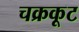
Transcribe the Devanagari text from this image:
चक्रकूट